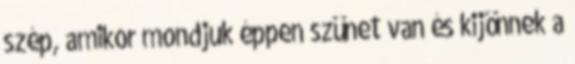
szép, amikor mondjuk éppen szünet van és kijönnek a